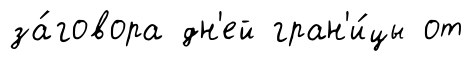
за́говора дн'ей гран'и́цы от